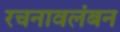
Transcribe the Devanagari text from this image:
रचनावलंबन